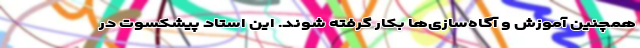
همچنین آموزش و آگاه‌سازی‌ها بکار گرفته شوند. این استاد پیشکسوت در